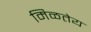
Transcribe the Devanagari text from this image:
मिळतेय